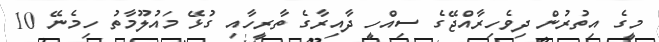
މީގެ އިތުރުން ދިވެހިރާއްޖޭގެ ސިއްހީ ދާއިރާގެ ތާރީހާއި ގުޅޭ މައުލޫމާތު ހިމެނޭ 10